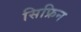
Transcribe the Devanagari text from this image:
सिफ्रिन